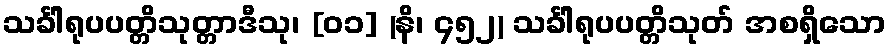
သင်္ခါရုပပတ္တိသုတ္တာဒီသု၊ [၀၁] (နိ၊ ၄၅၂) သင်္ခါရုပပတ္တိသုတ် အစရှိသော